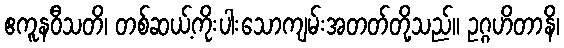
ဧကူနဝီသတိ၊ တစ်ဆယ့်ကိုးပါးသောကျမ်းအတတ်တို့သည်။ ဥဂ္ဂဟိတာနိ၊